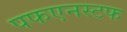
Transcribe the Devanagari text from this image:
पफएनस्टफ